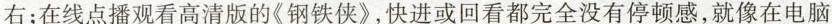
右；在线点播观看高清版的《钢铁侠》，快进或回看都完全没有停顿感，就像在电脑